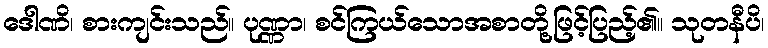
ဒေါဏိ၊ စားကျင်းသည်။ ပုဏ္ဏာ၊ စင်ကြယ်သောအစာတို့ဖြင့်ပြည့်၏။ သုတနီပိ၊